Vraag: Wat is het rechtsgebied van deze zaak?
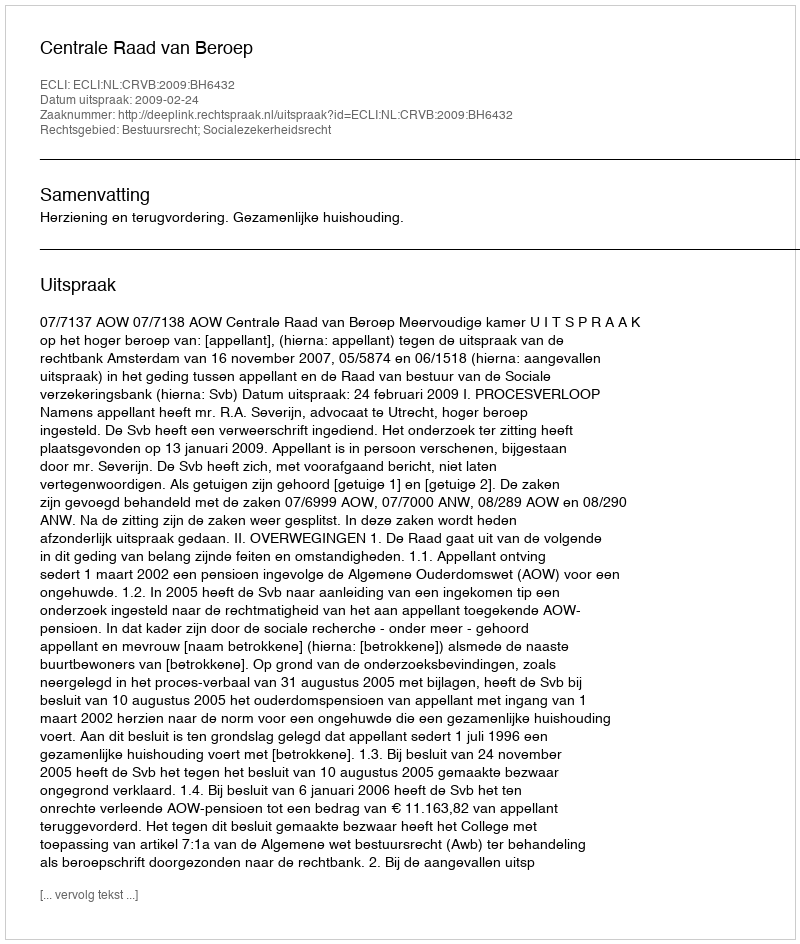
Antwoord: Bestuursrecht; Socialezekerheidsrecht